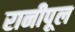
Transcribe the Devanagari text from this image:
रानीपूल